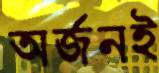
অর্জনই